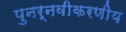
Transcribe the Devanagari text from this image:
पुनर्नवीकरणीय